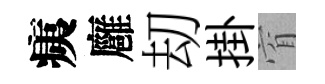
痍廱刧掛窅